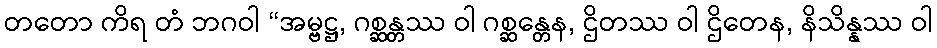
တတော ကိရ တံ ဘဂဝါ “အမ္ဗဋ္ဌ, ဂစ္ဆန္တဿ ဝါ ဂစ္ဆန္တေန, ဌိတဿ ဝါ ဌိတေန, နိသိန္နဿ ဝါ